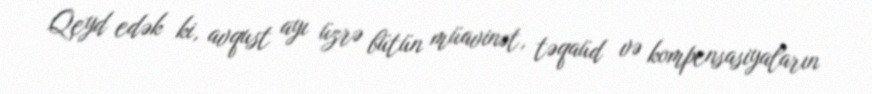
Qeyd edək ki, avqust ayı üzrə bütün müavinət, təqaüd və kompensasiyaların